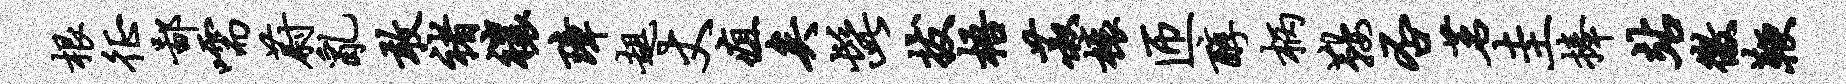
根徵鄙嚅蔚乱敢褚禳璋趄丈疽矣髭拔梧菽榱匝醇柄鞍否茗圭捧站徼鞭